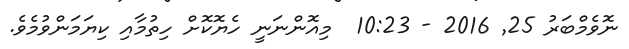
ނޮވެމްބަރު 25